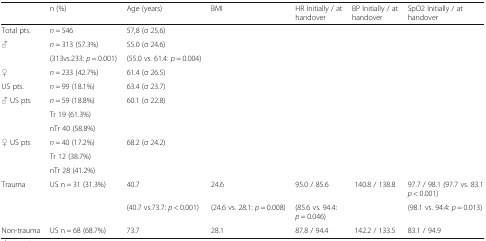
<table><thead><tr><td></td><td><b>n (%)</b></td><td><b>Age (years)</b></td><td><b>BMI</b></td><td><b>HR Initially / at handover</b></td><td><b>BP Initially / at handover</b></td><td><b>SpO2 Initially / at handover</b></td></tr></thead><tbody><tr><td>Total pts.</td><td><i>n</i> = 546</td><td>57,8 (σ 25,6)</td><td></td><td></td><td></td><td></td></tr><tr><td rowspan="2">♂</td><td><i>n</i> = 313 (57.3%)</td><td>55.0 (σ 24.6)</td><td rowspan="2"></td><td rowspan="2"></td><td rowspan="2"></td><td rowspan="2"></td></tr><tr><td>(313vs.233: <i>p</i> = 0.001)</td><td>(55.0 vs. 61.4: <i>p</i> = 0.004)</td></tr><tr><td>♀</td><td><i>n</i> = 233 (42.7%)</td><td>61.4 (σ 26.5)</td><td></td><td></td><td></td><td></td></tr><tr><td>US pts.</td><td><i>n</i> = 99 (18.1%)</td><td>63.4 (σ 23.7)</td><td></td><td></td><td></td><td></td></tr><tr><td rowspan="3">♂ US pts</td><td><i>n</i> = 59 (18.8%)</td><td rowspan="3">60.1 (σ 22.8)</td><td rowspan="3"></td><td rowspan="3"></td><td rowspan="3"></td><td rowspan="3"></td></tr><tr><td>Tr 19 (61.3%)</td></tr><tr><td>nTr 40 (58.8%)</td></tr><tr><td rowspan="3">♀ US pts</td><td><i>n</i> = 40 (17.2%)</td><td rowspan="3">68.2 (σ 24.2)</td><td rowspan="3"></td><td rowspan="3"></td><td rowspan="3"></td><td rowspan="3"></td></tr><tr><td>Tr 12 (38.7%)</td></tr><tr><td>nTr 28 (41.2%)</td></tr><tr><td rowspan="2">Trauma</td><td rowspan="2">US n = 31 (31.3%)</td><td>40.7</td><td>24.6</td><td>95.0 / 85.6</td><td rowspan="2">140.8 / 138.8</td><td>97.7 / 98.1 (97.7 vs. 83.1 <i>p</i> &lt; 0.001)</td></tr><tr><td>(40.7 vs.73.7: <i>p</i> &lt; 0.001)</td><td>(24.6 vs. 28.1: <i>p</i> = 0.008)</td><td>(85.6 vs. 94.4: <i>p</i> = 0.046)</td><td>(98.1 vs. 94.4: <i>p</i> = 0.013)</td></tr><tr><td>Non-trauma</td><td>US n = 68 (68.7%)</td><td>73.7</td><td>28.1</td><td>87.8 / 94.4</td><td>142.2 / 133.5</td><td>83.1 / 94.9</td></tr></tbody></table>